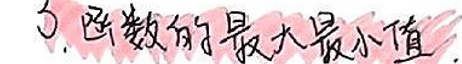
5. 函数的最大值最小值.